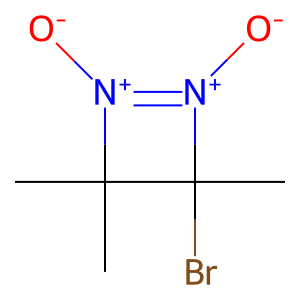
SMILES: CC1(C)[N+]([O-])=[N+]([O-])C1(C)Br
Inhibits HIV replication: No